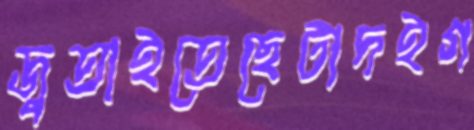
জুতাইতেছেটাদইগ